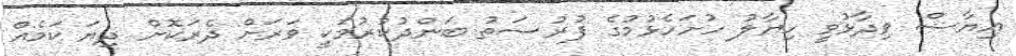
އިޔާޟް ވިދާޅުވީ ހިޔާލު ހުށަހެޅުމުގެ ފުރުޞަތު ބަންދުކުރުމަކީ ވަރަށް ދެރަކޮށް ދިޔަ ކަމެއް